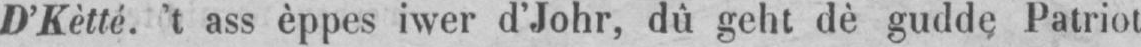
D’Kètté. ’t ass èppes iwer d’Johr, dû geht dè gudde Patriot